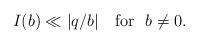
LaTeX: \begin{align*}I(b)\ll |q/b| \ \ \textrm{ for}\ \ b\not=0.\end{align*}